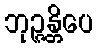
ဘုဉ္ဇန္တိပေ